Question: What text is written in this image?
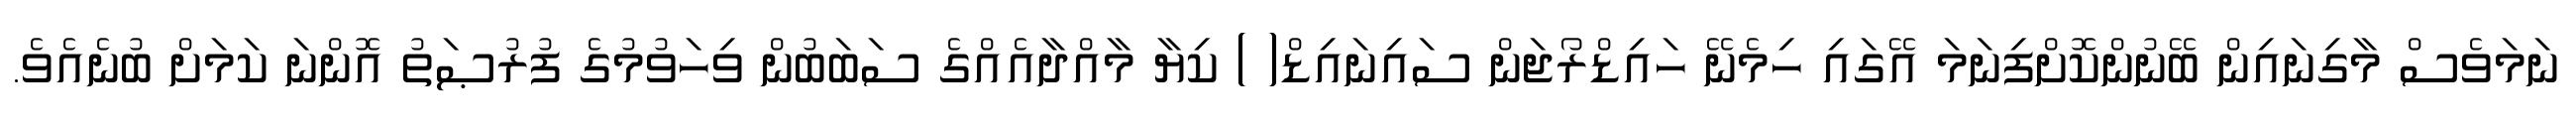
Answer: ނަމަވެސް މާގިނައިން ބޭނުންކޮށްފިނަމަ އޭގައި ހިމެނޭ ހައިޑްރޯޖަން ސައިނައިޑް( ) ކިޔާ މާއްދާއެއްގެ ސަބަބުން ވިހަވުމުގެ ފުރުޞަތު އޮންނަ ކަމަށް ބުނެއެވެ.